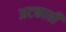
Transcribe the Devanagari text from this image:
अटकाती